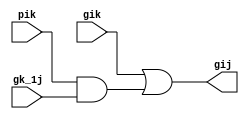
module grey_box(gik, pik, gk_1j, gij
	);

	// Assigning ports as in/out
	input gik, pik, gk_1j;
	output gij;

	// Logic connections
	assign gij = gik | (pik & gk_1j);

endmodule